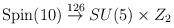
LaTeX: \begin{align*}\textrm{Spin}(10)\stackrel{126}{\rightarrow }SU(5)\times Z_{2}\end{align*}